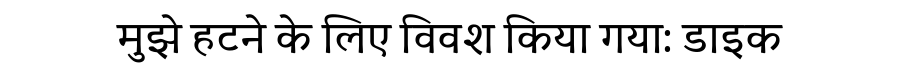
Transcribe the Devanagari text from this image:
मुझे हटने के लिए विवश किया गया: डाइक